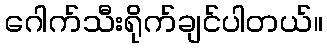
ဂေါက်သီးရိုက်ချင်ပါတယ်။